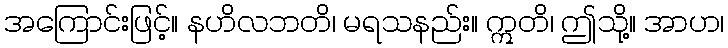
အကြောင်းဖြင့်။ နဟိလဘတိ၊ မရသနည်း။ ဣတိ၊ ဤသို့။ အာဟ၊